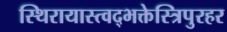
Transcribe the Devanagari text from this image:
स्थिरायास्त्वद्भक्तेस्त्रिपुरहर